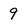
Character: 9